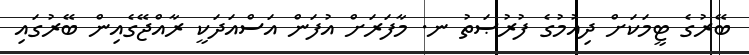
ބޭރުގެ ޓީމަކަށް ދިއުމުގެ ފުރުޞަތު ނ. މާފަރަށް އުފަން އަސްއަދަކީ ރާއްޖޭގެއިން ބޭރުގައި